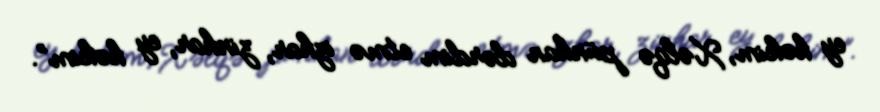
ey həkim, Xəlqə pünhan dərdim etmə izhar, zinhar, ey həkim”.